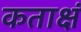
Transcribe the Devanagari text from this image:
कताक्षं